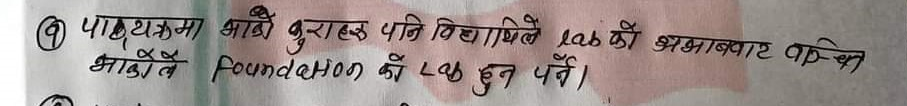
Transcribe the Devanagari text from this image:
पाठ्यक्रममा भाको कुराहरू पनि विद्यार्थीले Lab को अभावबाट वञ्चित भाकोले Foundation को Lab हुनु पर्ने।